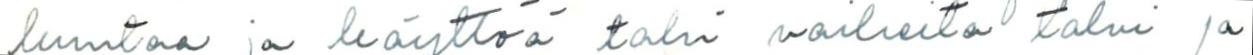
kuntoa ja käyttöä tahi vaiheita talvi ja